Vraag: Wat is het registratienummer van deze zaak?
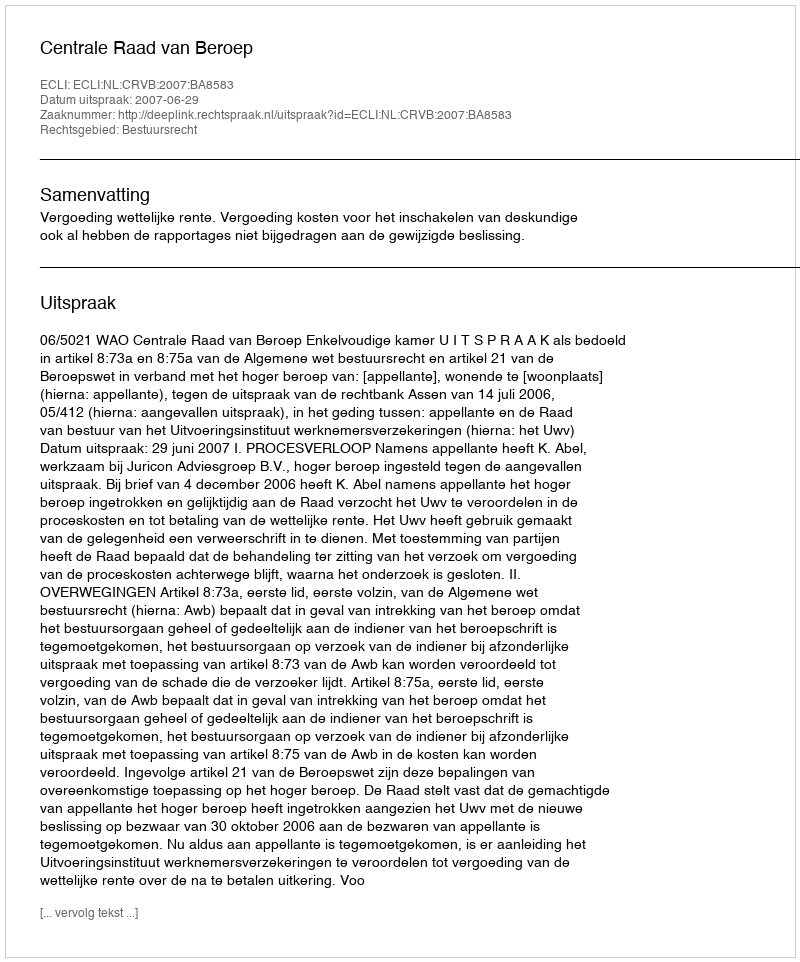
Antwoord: http://deeplink.rechtspraak.nl/uitspraak?id=ECLI:NL:CRVB:2007:BA8583